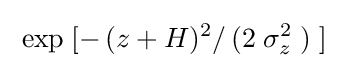
\;\exp \;[-\,(z+H)^{2}/\,(2\;\sigma _{z}^{2}\;)\;]